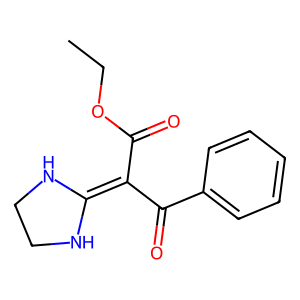
SMILES: CCOC(=O)C(C(=O)c1ccccc1)=C1NCCN1
Inhibits HIV replication: Yes